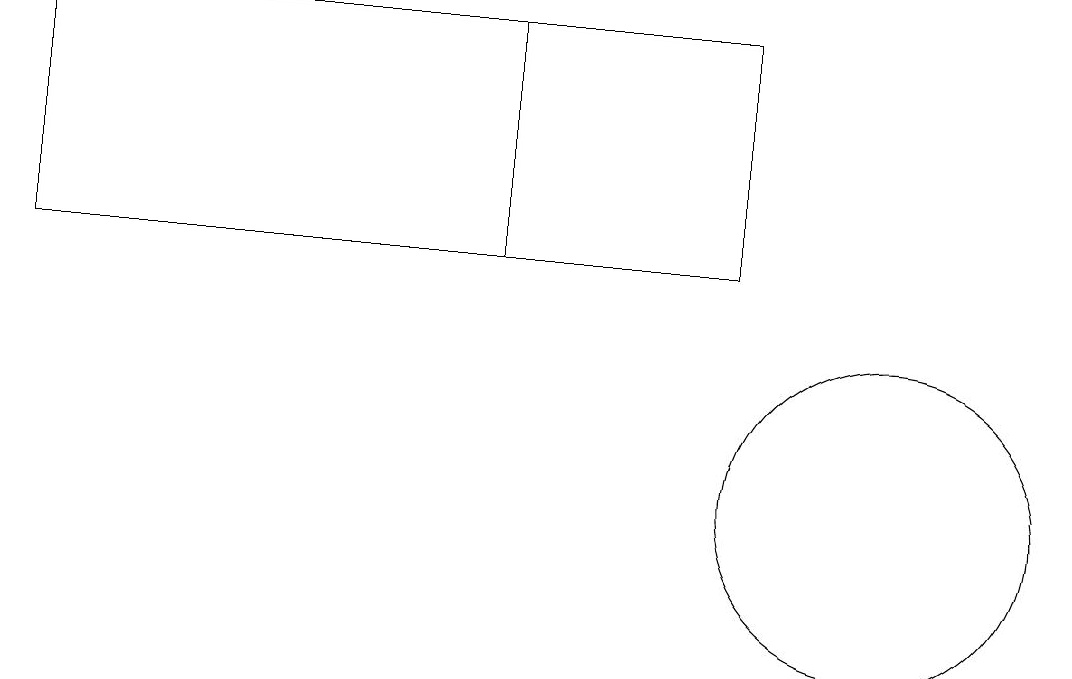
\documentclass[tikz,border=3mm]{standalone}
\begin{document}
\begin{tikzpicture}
\draw (0,13) rectangle (9,16);
\draw (11,10) circle (2);
\draw (0,13) rectangle (6,16);
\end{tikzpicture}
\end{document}